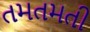
તમતમતી